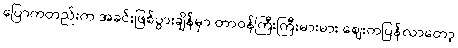
ပြောကတည်းက အခင်းဖြစ်ပွားချိန်မှာ တာဝန်ကြီးကြီးမားမား ဈေးကပြန်လာတော့